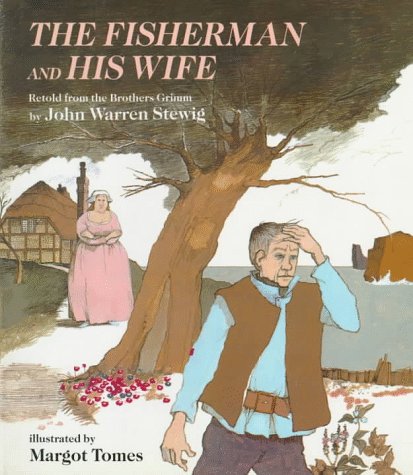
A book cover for The Fisherman and His Wife; John Warren Stewig; Children's Books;